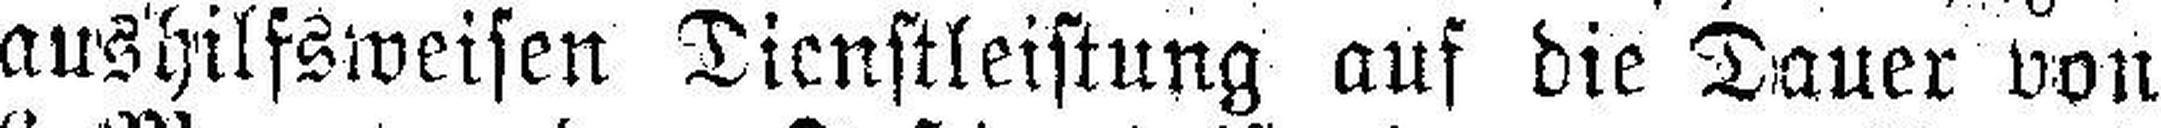
aushilfsweisen Dienstleistung auf die Dauer von